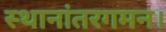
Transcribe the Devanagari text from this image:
स्थानांतरगमन।